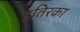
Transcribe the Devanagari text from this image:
इतिरका